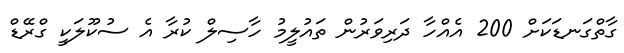
ގާތްގަނޑަކަށް 200 އެއްހާ ދަރިވަރުން ތައުލީމު ހާސިލް ކުރާ އެ ސުކޫލަކީ ގްރޭޑް